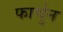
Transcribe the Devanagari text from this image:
फार्चुन